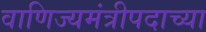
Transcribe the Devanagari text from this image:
वाणिज्यमंत्रीपदाच्या